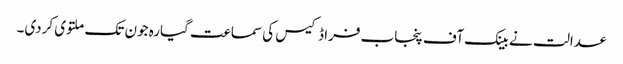
عدالت نے بینک آف پنجاب فراڈکیس کی سماعت گیارہ جون تک ملتوی کردی۔